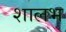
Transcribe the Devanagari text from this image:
शालभ